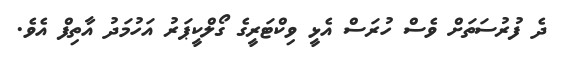
ދެ ފުރުސަތަށް ވެސް ހުރަސް އެޅީ ވިކްޓަރީގެ ގޯލްކީޕަރު އަހުމަދު އާތިފް އެވެ.